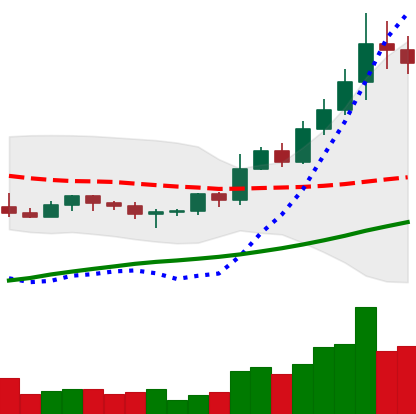
Ticker: BNB-USD
Chart end date: 2022-11-02
Forward return: 5.267%
Label: up_5_7